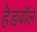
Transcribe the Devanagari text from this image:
हेडबॉल